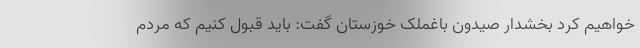
خواهیم کرد بخشدار صیدون باغملک خوزستان گفت: باید قبول کنیم که مردم